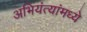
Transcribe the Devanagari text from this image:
अभियंत्यांमध्ये